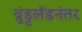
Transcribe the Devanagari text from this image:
ब्रुंड्टलँडनंतर